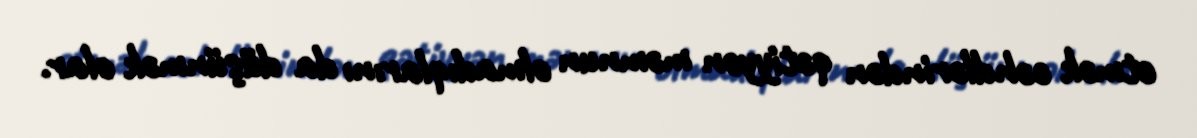
etmək cəhdlərindən qətiyyən məmnun olmadıqlarını da düşünmək olar.